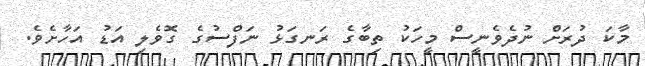
މާކަ ދުރަށް ނުދެވެނީސް މީހަކު ތިބާގެ ރަނގަޅު ނަފްސުގެ ގޮވެލި އަޑު އަހާށެވެ.